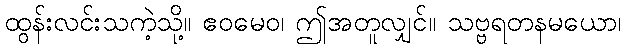
ထွန်းလင်းသကဲ့သို့။ ဧဝမေဝ၊ ဤအတူလျှင်။ သဗ္ဗရတနမယော၊